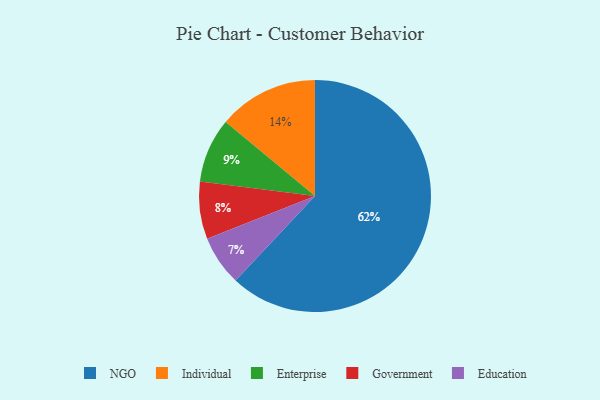
{"axis": {"x": "Category", "y": "Percentage"}, "legend": ["Education", "Enterprise", "Government", "Individual", "NGO"], "data": [{"x": "Enterprise", "y": 9, "type": "Enterprise"}, {"x": "NGO", "y": 62, "type": "NGO"}, {"x": "Government", "y": 8, "type": "Government"}, {"x": "Education", "y": 7, "type": "Education"}, {"x": "Individual", "y": 14, "type": "Individual"}]}